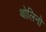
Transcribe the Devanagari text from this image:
थोलिनो